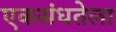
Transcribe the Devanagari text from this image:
एकसंधतेला